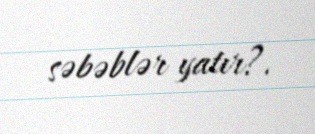
səbəblər yatır?.